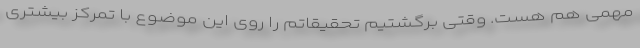
مهمی هم هست. وقتی برگشتیم تحقیقاتم را روی این موضوع با تمرکز بیشتری